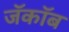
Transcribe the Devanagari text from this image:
जॅकॉब